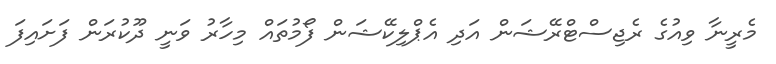
މެރީނާ ވިއުގެ ރެޖިސްޓްރޭޝަން އަދި އެޕްލިކޭޝަން ފޯމުތައް މިހާރު ވަނީ ދޫކުރަން ފަށައިފަ